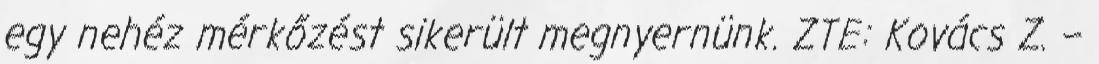
egy nehéz mérkőzést sikerült megnyernünk. ZTE: Kovács Z. –